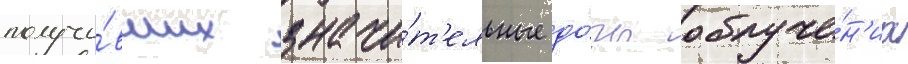
получи́вших значи́т'ельные до́зы облуче́н'иа